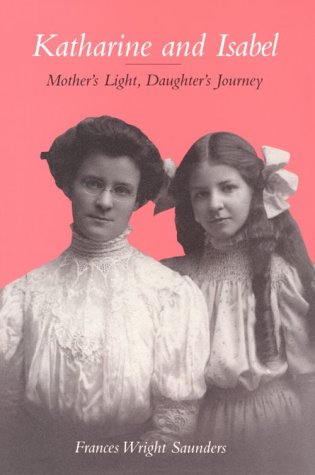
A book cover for Katherine and Isabel: Mother's Light, Daughter's Journey; Frances Wright Saunders; Biographies & Memoirs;